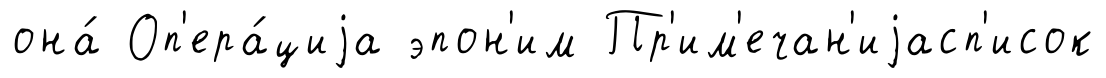
она́ Оп'ера́циjа эпон'им Пр'им'ечан'иjасп'исок